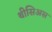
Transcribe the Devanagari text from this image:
थीसिअस